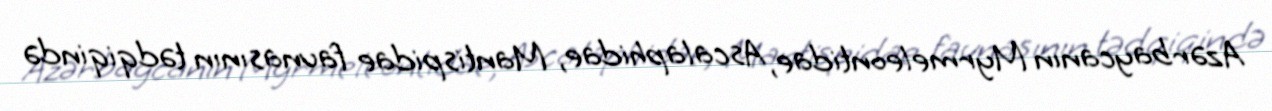
Azərbaycanın Myrmeleontidae, Ascalaphidae, Mantispidae faunasının tədqiqində